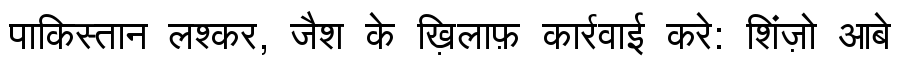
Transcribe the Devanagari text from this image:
पाकिस्तान लश्कर, जैश के ख़िलाफ़ कार्रवाई करे: शिंज़ो आबे